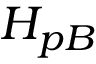
H _ { p B }